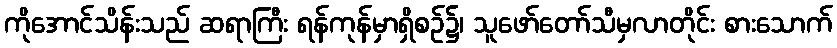
ကိုအောင်သိန်းသည် ဆရာကြီး ရန်ကုန်မှာရှိစဉ်၌၊ သူဖော်တော်သီမှလာတိုင်း စားသောက်